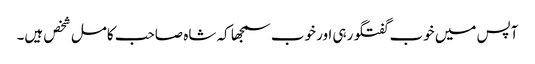
آپس میں خوب گفتگو رہی اور خوب سمجھا کہ شاہ صاحب کامل شخص ہیں۔